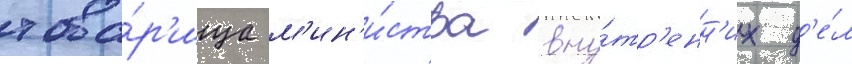
това́р'ища м'ин'и́стра вну́тр'енн'их д'е́л